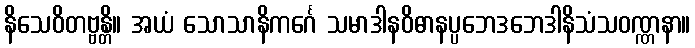
နိသေဝိတဗ္ဗန္တိ။ အယံ သောသာနိကင်္ဂေ သမာဒါနဝိဓာနပ္ပဘေဒဘေဒါနိသံသဝဏ္ဏနာ။